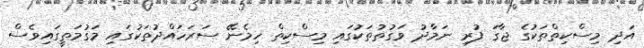
އަދި މިސްކިތްތަކުގެ ޖާގަ ފުރި ނަމާދު ވަގުތުތަކުގައި މިސްކިތް ހިމެނޭ ސަރަހައްދުތަކުގައި މަގުމަތީގައިވެސް